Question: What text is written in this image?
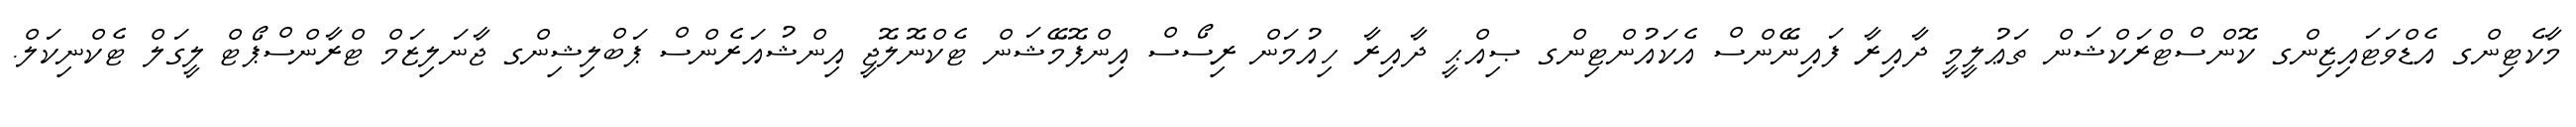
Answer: މާކެޓިންގ އެޑްވަޓައިޒިންގ ކޮންސްޓްރަކްޝަން ތަޢުލީމީ ދާއިރާ ފައިނޭންސް އެކައުންޓިންގ ޞިއްޙީ ދާއިރާ ހިއުމަން ރިސޯސް އިންފޮމޭޝަން ޓެކްނޮލޮޖީ އިންޝުއަރެންސް ޕަބްލިޝިންގ ޖާނަލިޒަމް ޓްރާންސްޕޯޓް ލީގަލް ޓެކްނިކަލް.